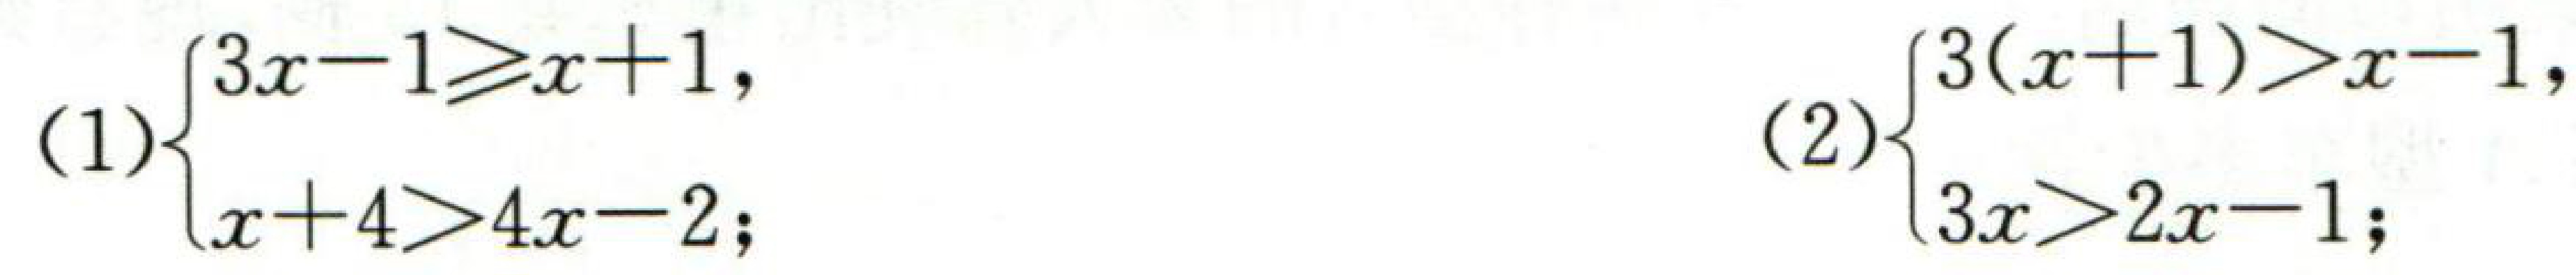
(1)$\begin{cases}3x - 1\geq x + 1,\\x + 4>4x - 2;\end{cases}$ (2)$\begin{cases}3(x + 1)>x - 1,\\3x>2x - 1;\end{cases}$